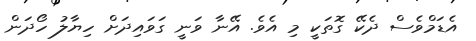
އެޑަމްވެސް ދެކޭ ގޮތަކީ މި އެވެ. އޭނާ ވަނީ ގަވައިދަށް ހިޔާލު ހޯދަން